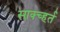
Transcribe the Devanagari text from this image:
साक्च्हर्त